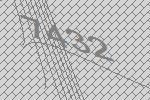
7432